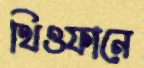
থিওফানে